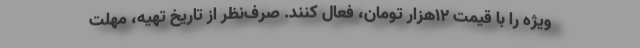
ویژه را با قیمت ۱۲هزار تومان، فعال کنند. صرف‌نظر از تاریخ تهیه، مهلت